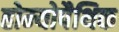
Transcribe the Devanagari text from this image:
होम्‍योपैथिक